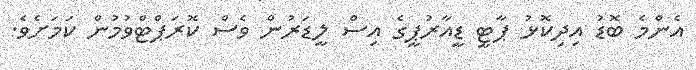
އެންމެ ބޮޑު އިދިކޮޅު ޕާޓީ ޑީއާރުޕީގެ އިސް ލީޑަރުން ވެސް ކޮރަޕްޓްވުމުން ކަމަށެވެ.